Lunatic asylums Punjab 1868-1880 - 1868-1880
Year: 1868
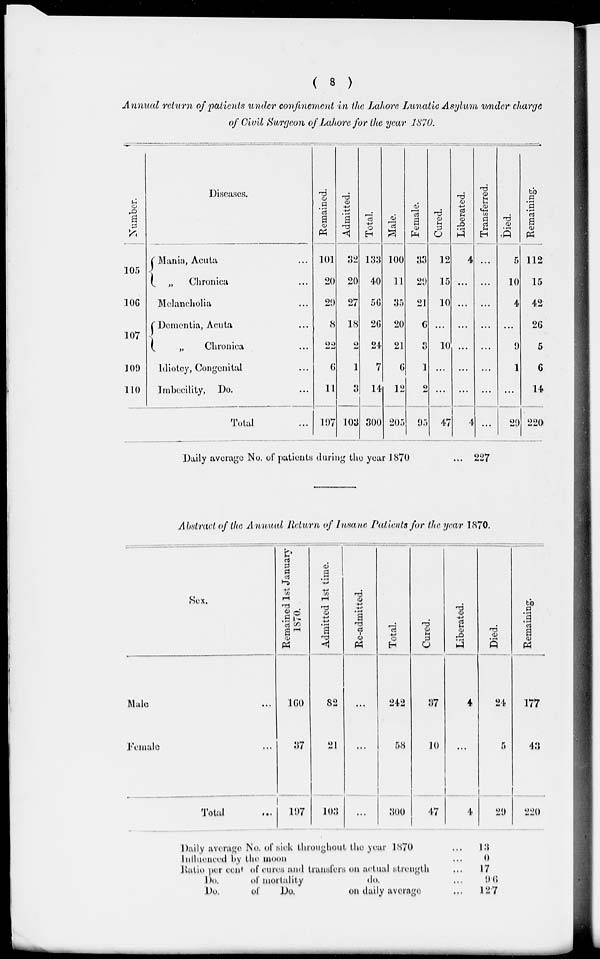
( 8 )
Annual return of patients under confinement in the Lahore Lunatic Asylum under charge
of Civil Surgeon of Lahore for the year 1870.
Number.
105
106
107
109
110
Diseases.
Mania, Acuta ...
„
Chronica ...
Melancholia ...
Dementia, Acuta ...
„
Chronica
Idiotey, Congenital ...
Imbecility, Do. ...
Total ...
Remained.
101
20
29
8
22
6
11
197
Admitted.
32
20
27
18
2
1
3
103
Total.
133
40
56
26
24
7
14
300
Male.
100
11
35
20
21
6
12
205
Female.
33
29
21
6
3
1
2
95
Cured.
12
15
10
...
10
...
...
47
Liberated.
4
...
...
...
...
...
...
4
Transferred.
...
...
...
...
...
...
...
...
Died.
5
10
4
...
9
1
...
29
Remaining.
112
15
42
26
5
6
14
220
Daily average No. of patients during the year 1870
... 227
Abstract of the Annual Return of Insane Patients for the year 1870.
Sex.
Male ...
Female ...
Total ...
Remained 1st January
1870.
160
37
197
Admitted 1st time.
82
21
103
Re-admitted.
...
...
...
Total.
242
58
300
Cured.
37
10
47
Liberated.
4
...
4
Died.
24
5
29
Remaining.
177
43
220
Daily average No. of sick throughout the year 1870 ...
Influenced by the moon ...
Ratio per cent of cures and transfers on actual strength ...
Do.
of mortality
do. ...
Do.
of
Do.
on daily average ...
13
0
17
9.6
12.7